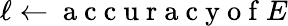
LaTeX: \ell\gets\mathrm{~a~c~c~u~r~a~c~y~o~f~}E